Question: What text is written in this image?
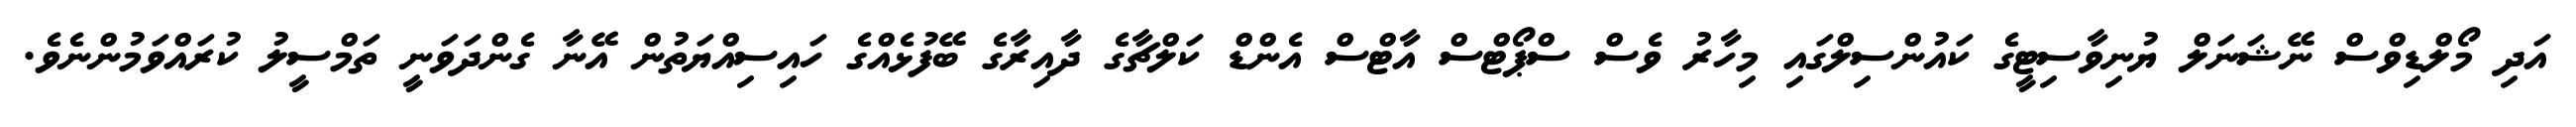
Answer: އަދި މޯލްޑިވްސް ނޭޝަނަލް ޔުނިވާސިޓީގެ ކައުންސިލްގައި މިހާރު ވެސް ސްޕޯޓްސް އާޓްސް އެންޑް ކަލްޗާގެ ދާއިރާގެ ބޭފުޅެއްގެ ހައިސިއްޔަތުން އޭނާ ގެންދަވަނީ ތަމްސީލު ކުރައްވަމުންނެވެ.